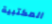
المكتبية